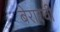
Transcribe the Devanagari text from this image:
बेरारची